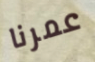
عمرنا